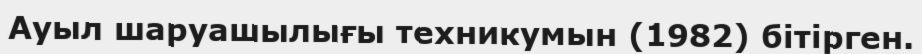
Ауыл шаруашылығы техникумын (1982) бітірген.